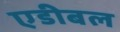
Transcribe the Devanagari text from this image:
एडीबल